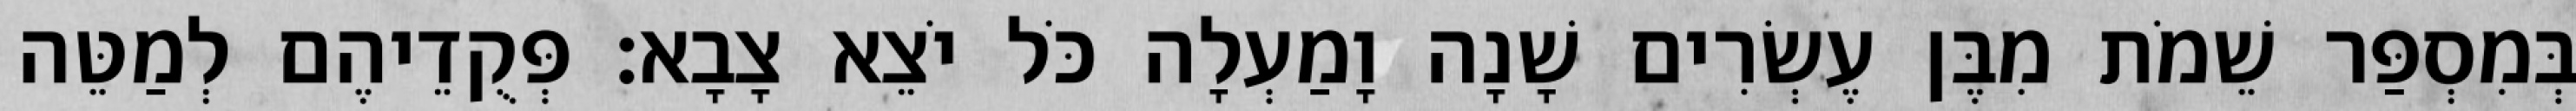
בְּמִסְפַּר שֵׁמֹת מִבֶּן עֶשְׂרִים שָׁנָה וָמַעְלָה כֹּל יֹצֵא צָבָא׃ פְּקֻדֵיהֶם לְמַטֵּה